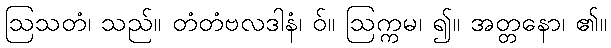
ဩသတံ၊ သည်။ တံတံဗလဒါနံ၊ ဝ်။ ဩက္ကမ၊ ၍။ အတ္တနော၊ ၏။